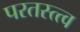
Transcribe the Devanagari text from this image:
परतस्त्त्व